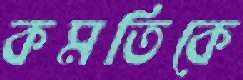
কমতিকে